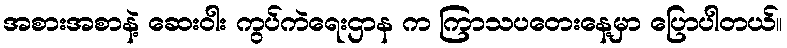
အစားအစာနဲ့ ဆေးဝါး ကွပ်ကဲရေးဌာန က ကြာသပတေးနေ့မှာ ပြောပါတယ်။